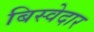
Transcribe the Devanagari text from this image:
बिस्‍वेदार